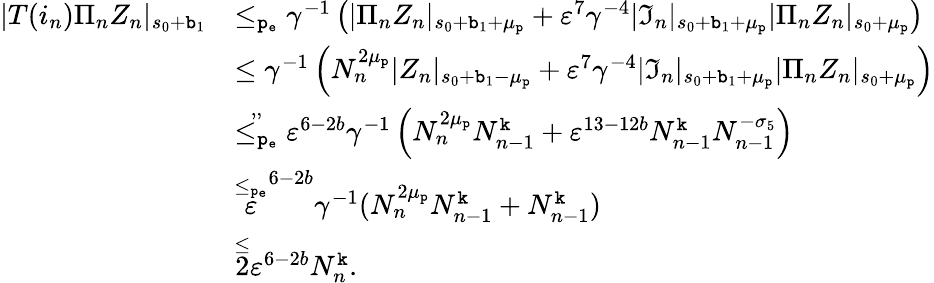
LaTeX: \begin{array}{rl}{|T(i_{n})\Pi_{n}Z_{n}|_{s_{0}+\mathtt{b}_{1}}}&{\le_{\mathtt{p_{e}}}\gamma^{-1}\left(|\Pi_{n}Z_{n}|_{s_{0}+\mathtt{b}_{1}+\mu_{\mathtt{p}}}+\varepsilon^{7}\gamma^{-4}|\mathfrak{I}_{n}|_{s_{0}+\mathtt{b}_{1}+\mu_{\mathtt{p}}}|\Pi_{n}Z_{n}|_{s_{0}+\mu_{\mathtt{p}}}\right)}\\ &{\le\gamma^{-1}\left(N_{n}^{2\mu_{\mathtt{p}}}|Z_{n}|_{s_{0}+\mathtt{b}_{1}-\mu_{\mathtt{p}}}+\varepsilon^{7}\gamma^{-4}|\mathfrak{I}_{n}|_{s_{0}+\mathtt{b}_{1}+\mu_{\mathtt{p}}}|\Pi_{n}Z_{n}|_{s_{0}+\mu_{\mathtt{p}}}\right)}\\ &{\overset{,,}{\le_{\mathtt{p_{e}}}}\varepsilon^{6-2b}\gamma^{-1}\left(N_{n}^{2\mu_{\mathtt{p}}}N_{n-1}^{\mathtt{k}}+\varepsilon^{13-12b}N_{n-1}^{\mathtt{k}}N_{n-1}^{-\sigma_{5}}\right)}\\ &{\overset{\le_{\mathtt{p_{e}}}}\varepsilon^{6-2b}\gamma^{-1}(N_{n}^{2\mu_{\mathtt{p}}}N_{n-1}^{\mathtt{k}}+N_{n-1}^{\mathtt{k}})}\\ &{\overset\le 2\varepsilon^{6-2b}N_{n}^{\mathtt{k}}.}\end{array}